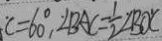
C = 6 0 ^ { \circ } , \angle B A C = \frac { 1 } { 2 } \angle B O C